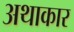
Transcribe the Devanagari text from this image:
अथाकार